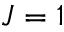
J = 1